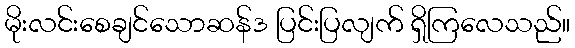
မိုးလင်းစေချင်သောဆန်ဒ ပြင်းပြလျက် ရှိကြလေသည်။